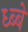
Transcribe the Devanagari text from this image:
ध्ब्बे